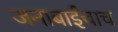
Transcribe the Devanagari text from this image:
जनाबाईंचाच